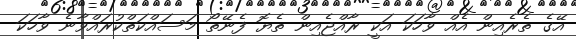
އޭގެ ތެރެއިން އެއް ވާހަކަ އަކީ ރާއްޖެއިން ތެޔޮ ފެނޭތޯ މަސައްކަތްކުރައްވާނެ ވާހަކަ